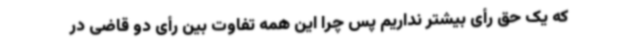
که یک حق رأی بیشتر نداریم پس چرا این همه تفاوت بین رأی دو قاضی در